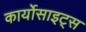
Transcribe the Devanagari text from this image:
कार्योसाइट्स